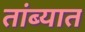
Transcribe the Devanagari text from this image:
तांब्यात